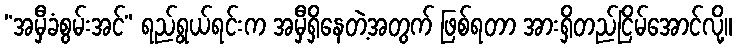
“အမှီခံစွမ်းအင်” ရည်ရွယ်ရင်းက အမှီရှိနေတဲ့အတွက် ဖြစ်ရတာ အားရှိတည်ငြိမ်အောင်လို့။